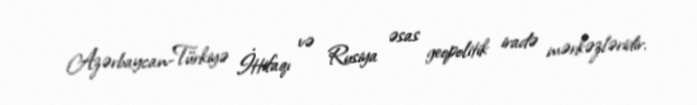
Azərbaycan-Türkiyə İttifaqı və Rusiya əsas geopolitik iradə mərkəzləridir.